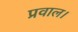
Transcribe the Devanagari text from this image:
प्रवाल।